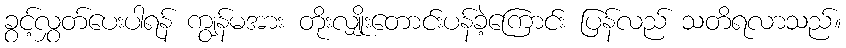
ခွင့်လွှတ်ပေးပါရန် ကျွန်မအား တိုးလျှိုးတောင်းပန်ခဲ့ကြောင်း ပြန်လည် သတိရလာသည်။